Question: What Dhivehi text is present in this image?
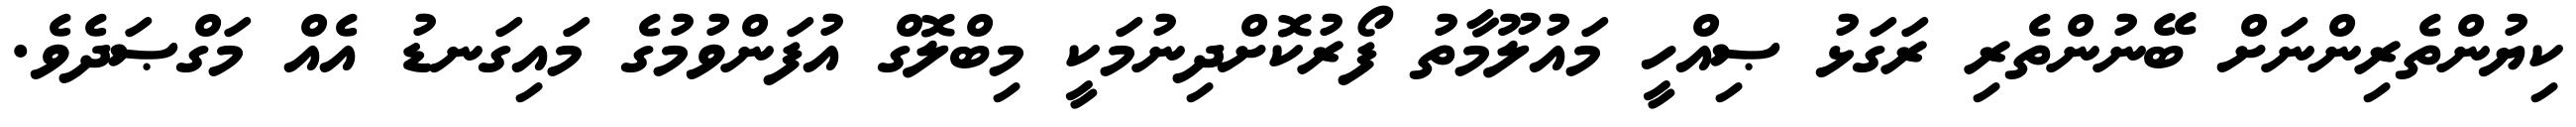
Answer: ކިޔުންތެރިންނަށް ބޭނުންތެރި ރަގަޅު ޞިއްހީ މައުލޫމާތު ފޯރުކޮށްދިނުމަކީ މިބްލޮގް އުފަންވުމުގެ މައިގަނޑު އެއް މަގްޞަދެވެ.